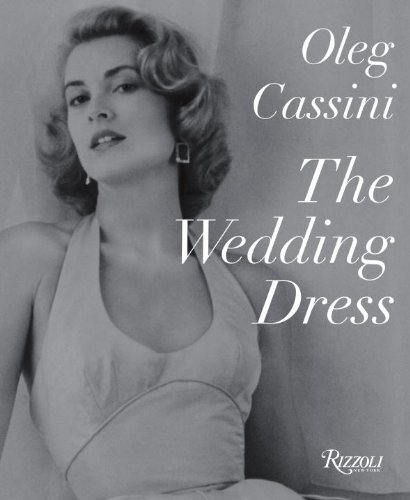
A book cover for The Wedding Dress: Newly Revised and Updated Collector's Edition; Oleg Cassini; Crafts, Hobbies & Home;